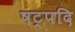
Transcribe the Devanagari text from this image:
षट्पदि